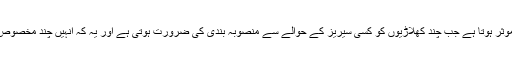
بیٹنگ کوچ اس صورت میں موثر ہوتا ہے جب چند کھلاڑیوں کو کسی سیریز کے حوالے سے منصوبہ بندی کی ضرورت ہوتی ہے اور یہ کہ انہیں چند مخصوص باؤلرز کو کیسے کھیلنا ہے۔